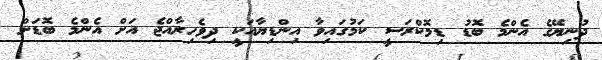
ދުނިޔޭގެ އެންމެ ބޮޑު ޑިމޮކްރަސީ ކަމުގައިވާ އިންޑިޔާއަކީ ދިވެހިރާއްޖެ އަށް އެންމެ ބޮޑަށް